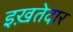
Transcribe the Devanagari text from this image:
इख़तेदार